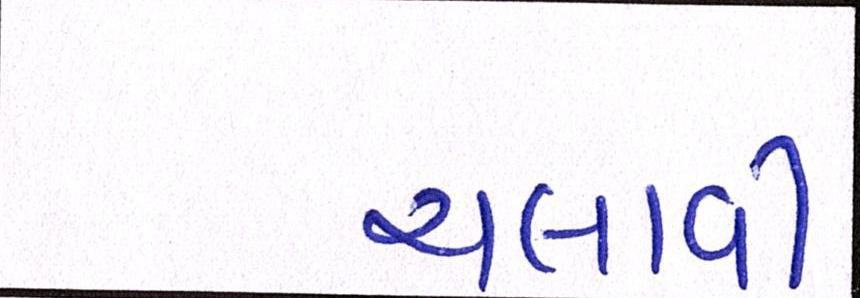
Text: ચલાવી